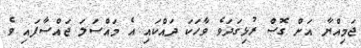
ޖަމިއްޔާ އަށް ގޮސް ރުޅިގަދަވެ ވާހަކަ ދައްކައި އެ މައްސަލަ ޖައްސާފައި ވެ